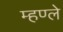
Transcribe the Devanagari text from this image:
म्हण्ले